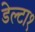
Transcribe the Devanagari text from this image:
डेल्टा१